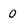
Character: 0